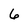
Character: 6